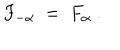
LaTeX: F _ { - \alpha } ~ = ~ F _ { \alpha } ~ .